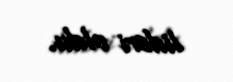
lideri oldu.